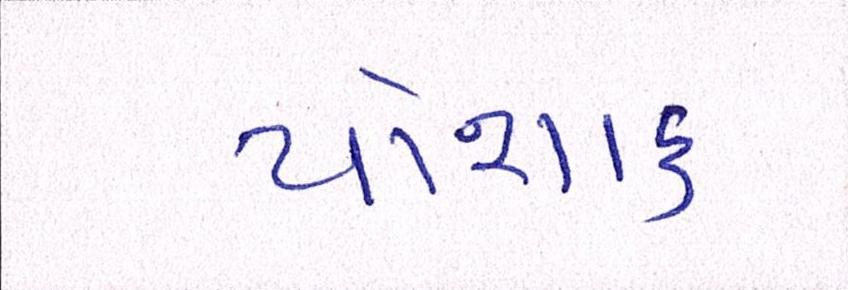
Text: પોશાક